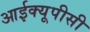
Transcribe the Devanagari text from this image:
आईक्यूपीसी